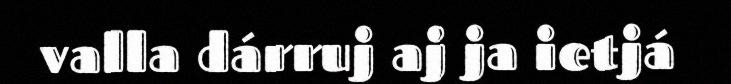
valla dárruj aj ja ietjá